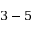
3 - 5